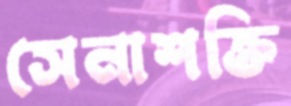
সেনাশক্তি